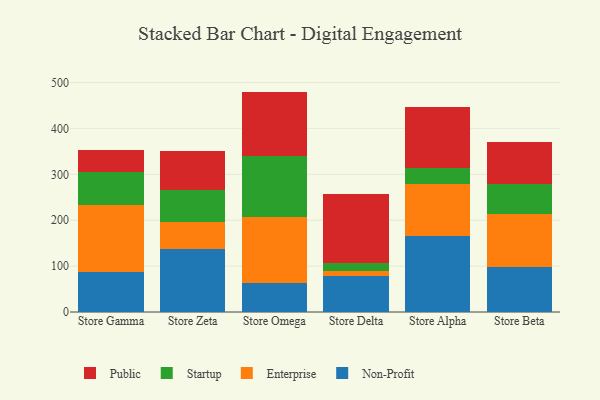
{"axis": {"x": "Store", "y": "Population (Million)"}, "legend": ["Enterprise", "Non-Profit", "Public", "Startup"], "data": [{"x": "Store Gamma", "y": 88.1, "type": "Non-Profit"}, {"x": "Store Gamma", "y": 145.1, "type": "Enterprise"}, {"x": "Store Gamma", "y": 71.9, "type": "Startup"}, {"x": "Store Gamma", "y": 48.0, "type": "Public"}, {"x": "Store Zeta", "y": 137.5, "type": "Non-Profit"}, {"x": "Store Zeta", "y": 59.4, "type": "Enterprise"}, {"x": "Store Zeta", "y": 70.0, "type": "Startup"}, {"x": "Store Zeta", "y": 83.0, "type": "Public"}, {"x": "Store Omega", "y": 62.9, "type": "Non-Profit"}, {"x": "Store Omega", "y": 143.1, "type": "Enterprise"}, {"x": "Store Omega", "y": 134.8, "type": "Startup"}, {"x": "Store Omega", "y": 139.5, "type": "Public"}, {"x": "Store Delta", "y": 77.7, "type": "Non-Profit"}, {"x": "Store Delta", "y": 11.5, "type": "Enterprise"}, {"x": "Store Delta", "y": 17.8, "type": "Startup"}, {"x": "Store Delta", "y": 149.6, "type": "Public"}, {"x": "Store Alpha", "y": 166.6, "type": "Non-Profit"}, {"x": "Store Alpha", "y": 111.5, "type": "Enterprise"}, {"x": "Store Alpha", "y": 36.0, "type": "Startup"}, {"x": "Store Alpha", "y": 133.7, "type": "Public"}, {"x": "Store Beta", "y": 97.5, "type": "Non-Profit"}, {"x": "Store Beta", "y": 116.3, "type": "Enterprise"}, {"x": "Store Beta", "y": 65.5, "type": "Startup"}, {"x": "Store Beta", "y": 90.3, "type": "Public"}]}